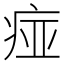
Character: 痖